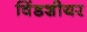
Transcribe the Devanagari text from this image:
विंडशीयर